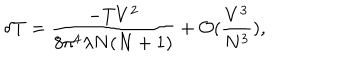
\delta \mathrm { T } = \frac { - T V ^ { 2 } } { 8 \pi ^ { 4 } \lambda N ( N + 1 ) } + { \cal O } ( \frac { V ^ { 3 } } { N ^ { 3 } } ) ,